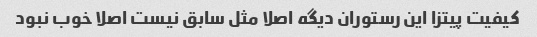
کیفیت پیتزا این رستوران دیگه اصلا مثل سابق نیست اصلا خوب نبود